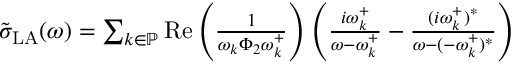
\begin{array} { r } { \tilde { \sigma } _ { \mathrm { L A } } ( \omega ) = \sum _ { k \in \mathbb { P } } \operatorname { R e } \left( \frac { 1 } { \omega _ { k } \Phi _ { 2 } \omega _ { k } ^ { + } } \right) \left( \frac { i \omega _ { k } ^ { + } } { \omega - \omega _ { k } ^ { + } } - \frac { ( i \omega _ { k } ^ { + } ) ^ { * } } { \omega - ( - \omega _ { k } ^ { + } ) ^ { * } } \right) } \end{array}